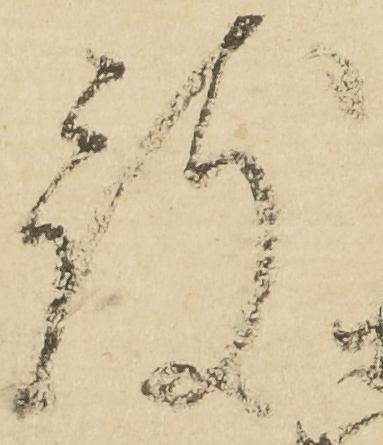
被